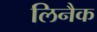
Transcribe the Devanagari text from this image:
लिनैक